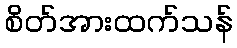
စိတ်အားထက်သန်